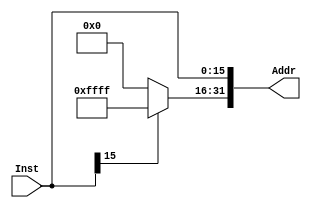
module SigExit16_32(
    Inst,Addr
    );
    input [15:0] Inst;
    output reg [31:0] Addr;
     
    always @(Inst)
    begin
       if(Inst[15]==1) Addr[31:16]=16'b1111111111111111;
    else Addr[31:16]=16'b0000000000000000;
        Addr[15:0]=Inst[15:0];
    end
endmodule